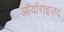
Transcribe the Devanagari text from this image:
ऑयॉराइज़द